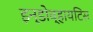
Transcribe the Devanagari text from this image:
इन्डोव्हायटिस